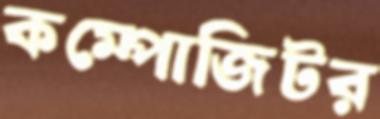
কম্পোজিটর